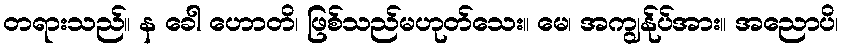
တရားသည်။ န ခေါ ဟောတိ၊ ဖြစ်သည်မဟုတ်သေး။ မေ၊ အကျွန်ုပ်အား။ အညောပိ၊